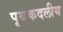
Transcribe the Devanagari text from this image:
पृथकदलीय